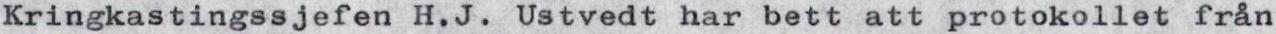
Kringkastingssjefen H.J. Ustvedt har bett att protokollet från